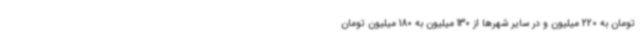
تومان به 220 میلیون و در سایر شهرها از 130 میلیون به 180 میلیون تومان